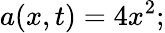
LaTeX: a(x,t)=4x^{2};